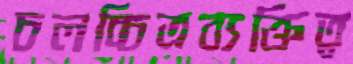
চলচ্চিত্রব্যক্তিত্ব